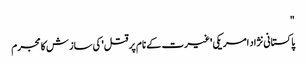
"
پاکستانی نژاد امریکی 'غیرت کے نام پر قتل' کی ساز ش کا مجرم